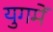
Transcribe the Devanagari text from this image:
युगमें